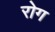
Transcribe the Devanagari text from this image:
रोग